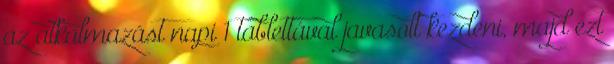
az alkalmazást napi 1 tablettával javasolt kezdeni, majd ezt